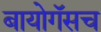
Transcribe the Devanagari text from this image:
बायोगॅसच